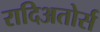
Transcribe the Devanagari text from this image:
रादिअतोर्स